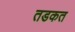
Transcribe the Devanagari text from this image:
तडकत